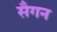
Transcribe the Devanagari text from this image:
सैगन